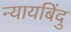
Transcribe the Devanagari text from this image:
न्यायबिंदु